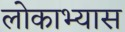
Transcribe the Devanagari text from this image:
लोकाभ्यास